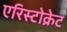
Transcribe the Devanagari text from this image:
एरिस्टोक्रेट